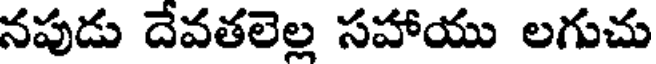
నపుడు దేవతలెల్ల సహాయు లగుచు